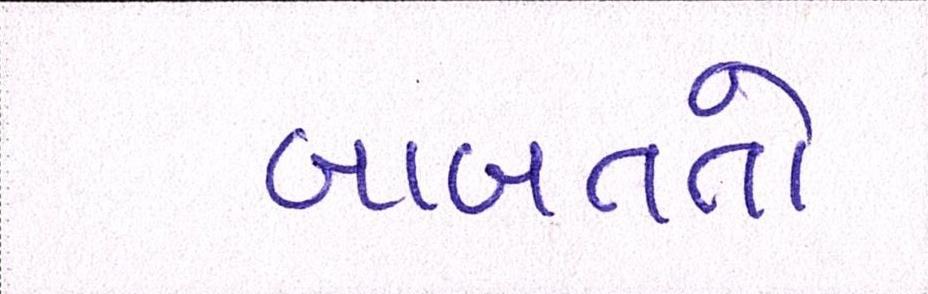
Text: બાબતતો